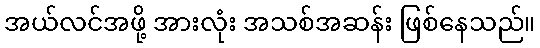
အယ်လင်အဖို့ အားလုံး အသစ်အဆန်း ဖြစ်နေသည်။